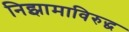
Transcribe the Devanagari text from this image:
निझामाविरुद्ध